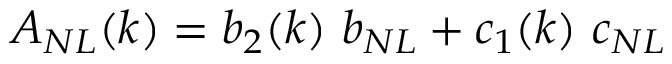
A _ { N L } ( k ) = b _ { 2 } ( k ) ~ b _ { N L } + c _ { 1 } ( k ) ~ c _ { N L }